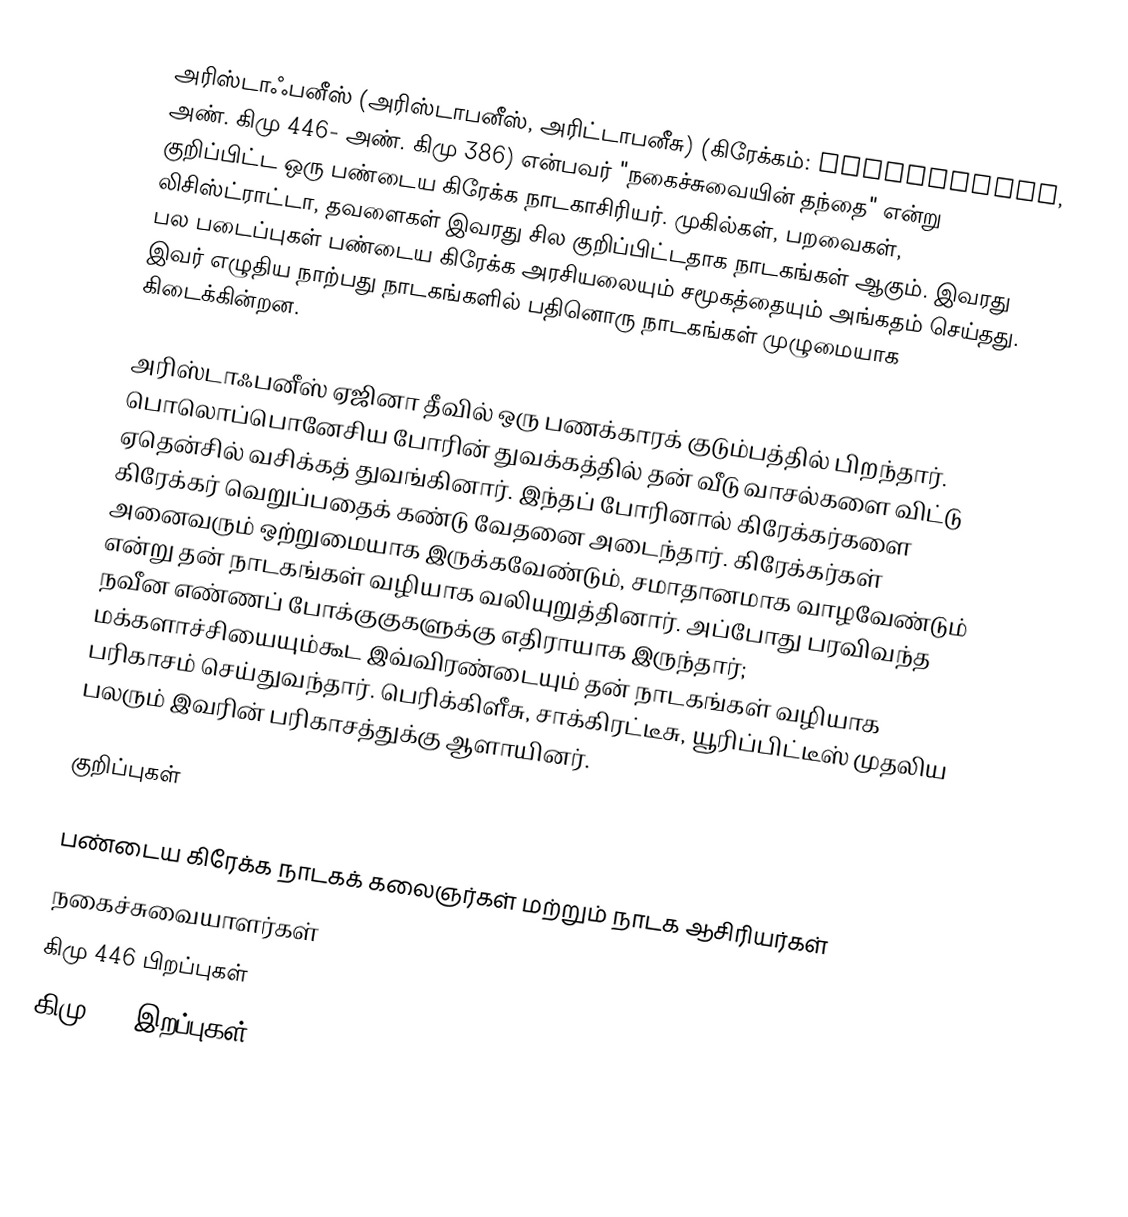
அரிஸ்டாஃபனீஸ் (அரிஸ்டாபனீஸ், அரிட்டாபனீசு) (கிரேக்கம்: Ἀριστοφάνης, அண். கிமு 446- அண். கிமு 386) என்பவர் "நகைச்சுவையின் தந்தை" என்று குறிப்பிட்ட ஒரு பண்டைய கிரேக்க நாடகாசிரியர். முகில்கள், பறவைகள், லிசிஸ்ட்ராட்டா, தவளைகள் இவரது சில குறிப்பிட்டதாக நாடகங்கள் ஆகும். இவரது பல படைப்புகள் பண்டைய கிரேக்க அரசியலையும் சமூகத்தையும் அங்கதம் செய்தது. இவர் எழுதிய நாற்பது நாடகங்களில் பதினொரு நாடகங்கள் முழுமையாக கிடைக்கின்றன.

அரிஸ்டாஃபனீஸ் ஏஜினா தீவில் ஒரு பணக்காரக் குடும்பத்தில் பிறந்தார். பொலொப்பொனேசிய போரின் துவக்கத்தில் தன் வீடு வாசல்களை விட்டு ஏதென்சில் வசிக்கத் துவங்கினார். இந்தப் போரினால் கிரேக்கர்களை கிரேக்கர் வெறுப்பதைக் கண்டு வேதனை அடைந்தார். கிரேக்கர்கள் அனைவரும் ஒற்றுமையாக இருக்கவேண்டும், சமாதானமாக வாழவேண்டும் என்று தன் நாடகங்கள் வழியாக வலியுறுத்தினார். அப்போது பரவிவந்த நவீன எண்ணப் போக்குகுகளுக்கு எதிராயாக இருந்தார்; மக்களாச்சியையும்கூட இவ்விரண்டையும் தன் நாடகங்கள் வழியாக பரிகாசம் செய்துவந்தார். பெரிக்கிளீசு, சாக்கிரட்டீசு, யூரிப்பிட்டீஸ் முதலிய பலரும் இவரின் பரிகாசத்துக்கு ஆளாயினர்.

குறிப்புகள்

பண்டைய கிரேக்க நாடகக் கலைஞர்கள் மற்றும் நாடக ஆசிரியர்கள்
நகைச்சுவையாளர்கள்
கிமு 446 பிறப்புகள்
கிமு 386 இறப்புகள்